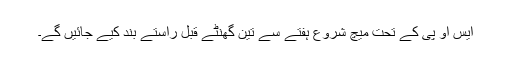
ایس او پی کے تحت میچ شروع ہفتے سے تین گھنٹے قبل راستے بند کیے جائیں گے۔